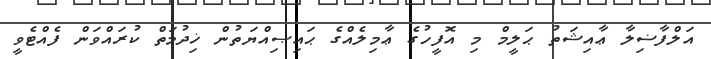
އަލްފާޟިލާ ޢާއިޝަތު ޙަލީމް މި އޮފީހުގެ ޢާމިލެއްގެ ޙައިޞިއްޔަތުން ޚިދުމަތް ކުރައްވަން ފެއްޓެވީ